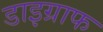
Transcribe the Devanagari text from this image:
डाइग्राफ